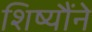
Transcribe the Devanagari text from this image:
शिष्यौंने